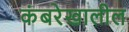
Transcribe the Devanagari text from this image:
कंबरेखालील